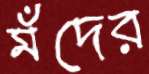
মঁদের